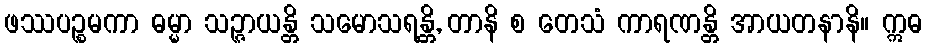
ဖဿပဉ္စမကာ ဓမ္မာ သဉ္ဇာယန္တိ သမောသရန္တိ, တာနိ စ တေသံ ကာရဏန္တိ အာယတနာနိ။ ဣဓ